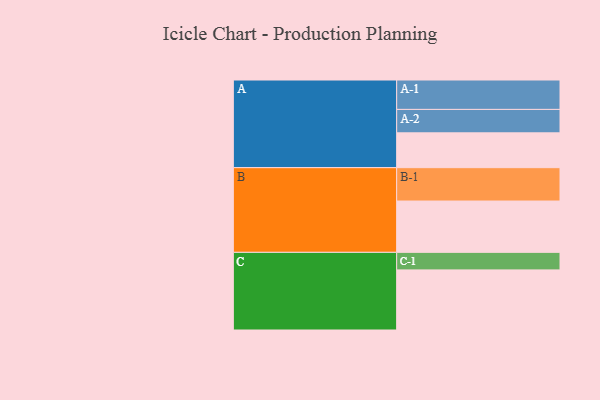
{"axis": {"x": "Segment", "y": "Value"}, "legend": ["", "A", "B", "C"], "data": [{"x": "A", "y": 302, "type": ""}, {"x": "B", "y": 445, "type": ""}, {"x": "C", "y": 521, "type": ""}, {"x": "A-1", "y": 255, "type": "A"}, {"x": "A-2", "y": 203, "type": "A"}, {"x": "B-1", "y": 289, "type": "B"}, {"x": "C-1", "y": 152, "type": "C"}]}